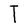
Character: T